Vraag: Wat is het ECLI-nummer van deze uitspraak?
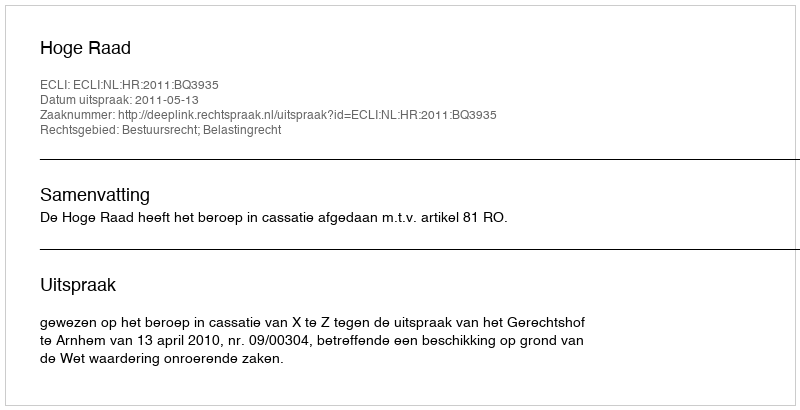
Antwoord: ECLI:NL:HR:2011:BQ3935